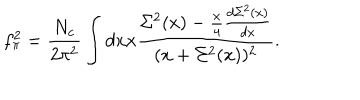
LaTeX: f _ { \pi } ^ { 2 } = \frac { N _ { c } } { 2 \pi ^ { 2 } } \int d x x \frac { \Sigma ^ { 2 } ( x ) - \frac { x } { 4 } \frac { d \Sigma ^ { 2 } ( x ) } { d x } } { ( x + \Sigma ^ { 2 } ( x ) ) ^ { 2 } } .